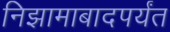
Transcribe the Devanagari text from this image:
निझामाबादपर्यंत